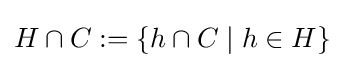
H\cap C:=\{h\cap C\mid h\in H\}